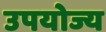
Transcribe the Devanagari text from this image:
उपयोज्य